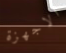
الاجهزة